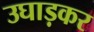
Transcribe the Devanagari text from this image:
उघाड़कर